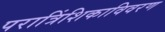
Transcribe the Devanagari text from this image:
परात्रिंशिकाविवरण